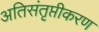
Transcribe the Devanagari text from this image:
अतिसंतृप्तीकरण